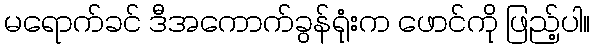
မရောက်ခင် ဒီအကောက်ခွန်ရုံးက ဖောင်ကို ဖြည့်ပါ။